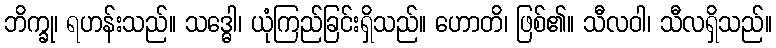
ဘိက္ခု၊ ရဟန်းသည်။ သဒ္ဓေါ၊ ယုံကြည်ခြင်းရှိသည်။ ဟောတိ၊ ဖြစ်၏။ သီလဝါ၊ သီလရှိသည်။